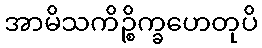
အာမိသကိဉ္စိက္ခဟေတုပိ